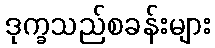
ဒုက္ခသည်စခန်းများ